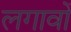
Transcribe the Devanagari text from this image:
लगावों